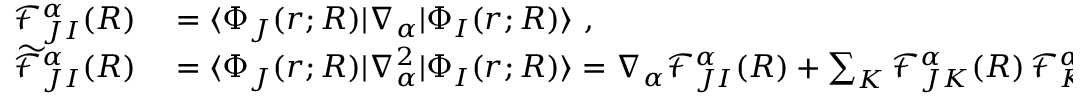
\begin{array} { r l } { \mathcal { F } _ { J I } ^ { \alpha } ( R ) } & { { } = \langle \Phi _ { J } ( r ; R ) | \nabla _ { \alpha } | \Phi _ { I } ( r ; R ) \rangle ~ , } \\ { \widetilde { \mathcal { F } } _ { J I } ^ { \alpha } ( R ) } & { { } = \langle \Phi _ { J } ( r ; R ) | \nabla _ { \alpha } ^ { 2 } | \Phi _ { I } ( r ; R ) \rangle = \nabla _ { \alpha } \mathcal { F } _ { J I } ^ { \alpha } ( R ) + \sum _ { K } \mathcal { F } _ { J K } ^ { \alpha } ( R ) \, \mathcal { F } _ { K I } ^ { \alpha } ( R ) ~ . } \end{array}